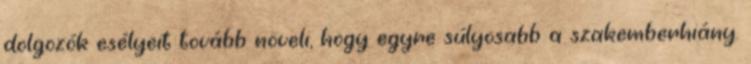
dolgozók esélyeit tovább növeli, hogy egyre súlyosabb a szakemberhiány.